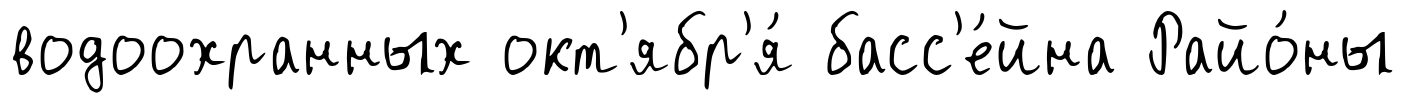
водоохранных окт'ябр'я́ басс'е́йна Райо́ны